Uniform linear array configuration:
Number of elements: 64
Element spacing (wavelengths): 0.25
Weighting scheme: binomial
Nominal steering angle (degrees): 30
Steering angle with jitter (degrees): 29.425
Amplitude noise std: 0.05
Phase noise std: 0.05

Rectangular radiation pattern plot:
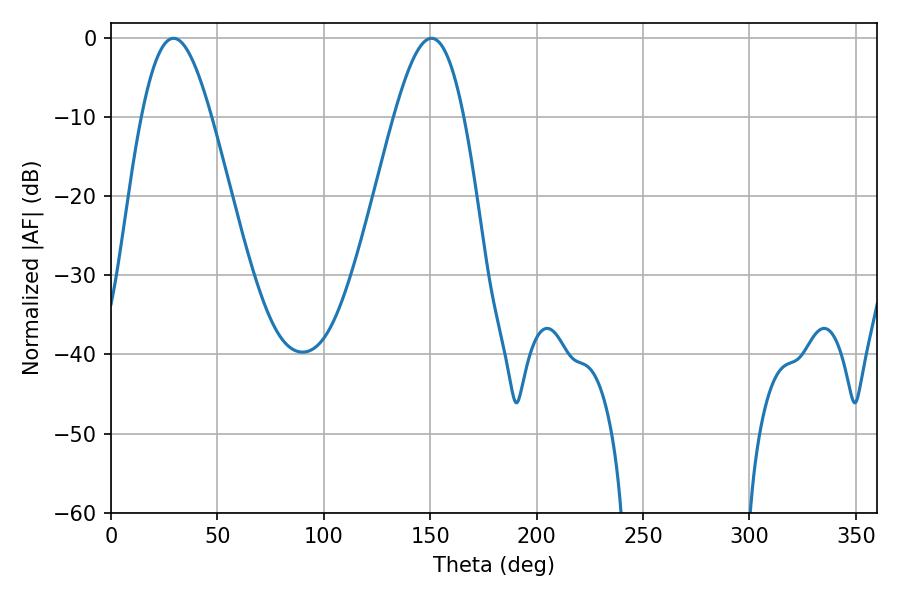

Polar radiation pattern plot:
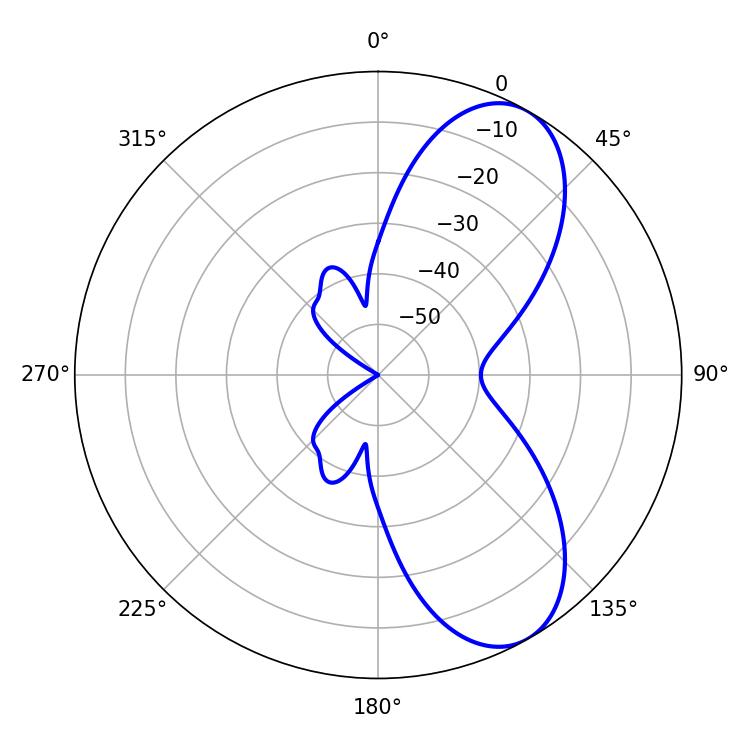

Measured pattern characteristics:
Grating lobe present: FALSE
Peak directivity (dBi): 7.756
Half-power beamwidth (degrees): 17.64
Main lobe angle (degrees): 29.34